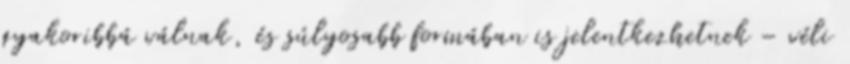
gyakoribbá válnak, és súlyosabb formában is jelentkezhetnek – véli